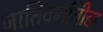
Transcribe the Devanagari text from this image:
जातिवर्गातील